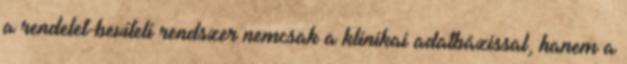
a rendelet-beviteli rendszer nemcsak a klinikai adatbázissal, hanem a